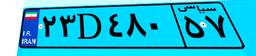
۲۳D۴۸۰۵۷